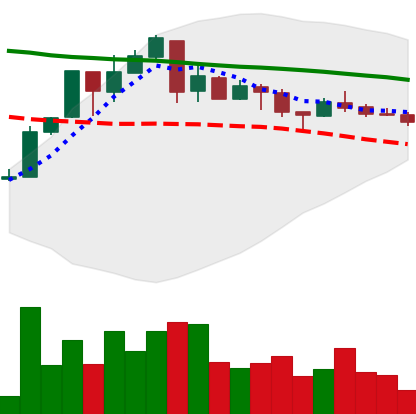
Ticker: XMR-USD
Chart end date: 2018-05-06
Forward return: -16.031%
Label: down_7plus